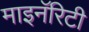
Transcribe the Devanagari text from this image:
माइनॅरिटी